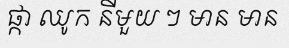
ផ្កា ឈូក នីមួយ ៗ មាន មាន